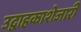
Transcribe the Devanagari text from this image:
उद्वाहकाशेजारी